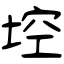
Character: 埪